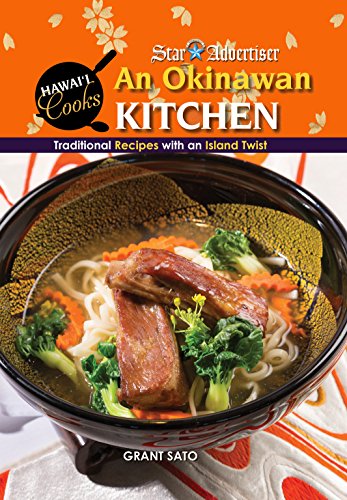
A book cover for Okinawan Kitchen: Traditional Recipes With an Island Twist (Hawai'i Cooks); Grant Sato; Cookbooks, Food & Wine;